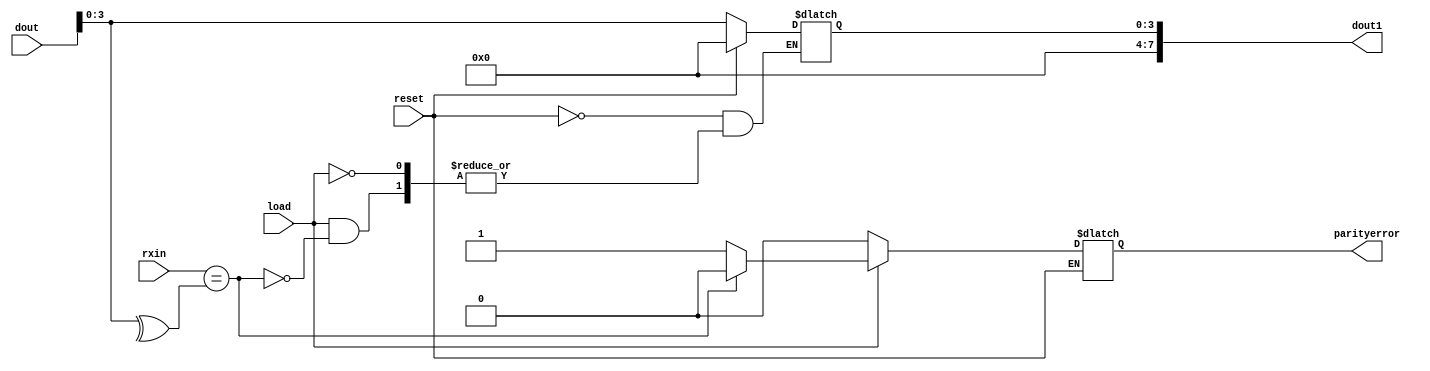
`timescale 1ns / 1ps
//////////////////////////////////////////////////////////////////////////////////
// Company: Self
// 
// Design Name: 
// Module Name: parity_checker
// Project Name: 
// Target Devices: 
// Tool Versions: 
// Description: 
// This is an odd parity checker.
// Dependencies: 
// 
// Revision:
// Revision 0.01 - File Created
// Additional Comments:
// 
//////////////////////////////////////////////////////////////////////////////////


module parity_checker(reset, load, rxin, dout, dout1, parityerror);
input reset, rxin, load;        //This rxin is not the one coming from the transmitter but something declared in testbench
 input [7:0] dout;              //Dout is coming from sipo module in UART
output reg parityerror;         // This is the main output that we want
 output [7:0] dout1;            //This is one of the outputs generated from this module
reg [3:0] a;
wire [3:0] b;

assign b = dout;

always @(*)
 begin
  if(reset)
   a <= 8'h00;
  else if(load)
   begin
    if(rxin == ^b)
     begin
      parityerror <= 0;
      a <= dout;
     end
    else 
     begin 
      parityerror <= 1;
      a <= a;
     end
    end
  else
   begin
    parityerror <= 0;
    a <= a;
   end
 end

assign dout1 = a;
  
 
endmodule